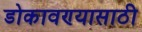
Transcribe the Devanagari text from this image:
डोकावण्यासाठी